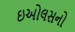
ઇઓલસનો